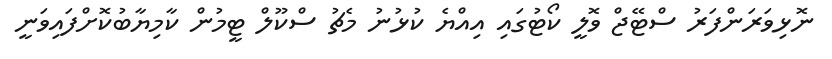
ނޮޅިވަރަންފަރު ސްޓޭޖް ވޮލީ ކޯޓުގައި އިއްޔެ ކުޅުނު މެޗު ސްކޫލް ޓީމުން ކާމިޔާބުކޮށްފައިވަނީ